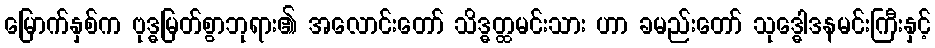
မြောက်နှစ်က ဗုဒ္ဓမြတ်စွာဘုရား၏ အလောင်းတော် သိဒ္ဓတ္ထမင်းသား ဟာ ခမည်းတော် သုဒ္ဓေါဒနမင်းကြီးနှင့်